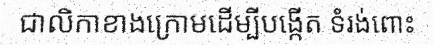
ជាលិកាខាងក្រោមដើម្បីបង្កើត ទំរង់ពោះ